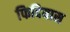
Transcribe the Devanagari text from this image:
फिदियास